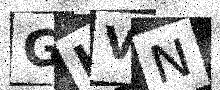
Text: GHVN